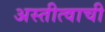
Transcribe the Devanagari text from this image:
अस्तीत्वाची